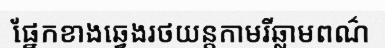
ផ្នែកខាងឆ្វេងរថយន្តកាមរីឆ្លាមពណ៌